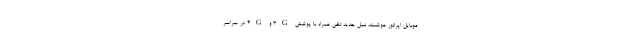
موبایل اپراتور هوشمند نسل جدید تلفن همراه با پوشش 3G و 4G در سراسر